Civil Veterinary Dept. Assam report 1927-50 - 1927-1950
Year: 1927
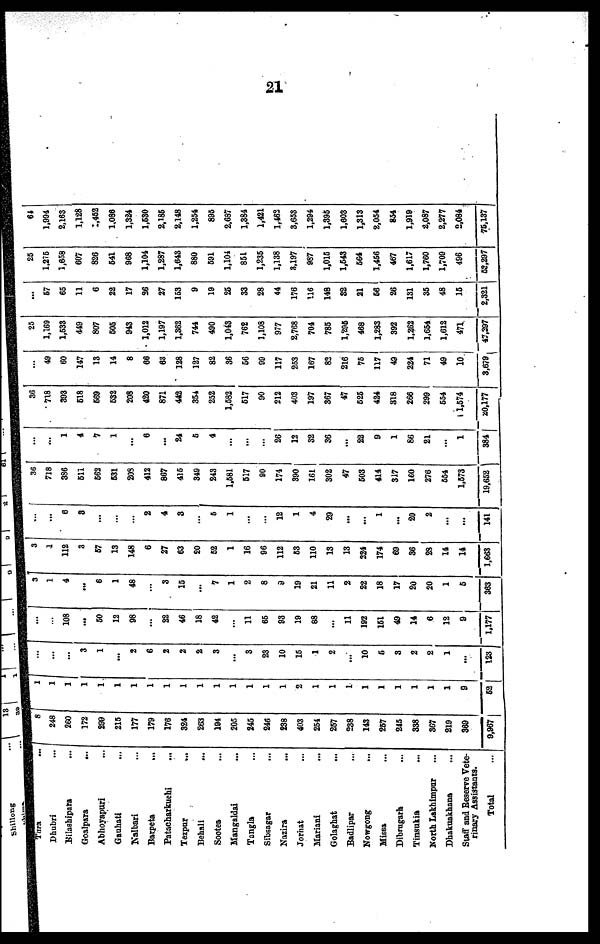
21
Tura ...
Dhubri ...
Bilashipara ...
Goalpara
...
Abhoyapuri ...
Gauhati ...
Nalbari ...
Barpeta
...
Patacharkuchi ...
Tezpur
...
Behali ...
Sootea ...
Mangaldai ...
Tangla ...
Sibsagar ...
Nazira ...
Jorhat ...
Mariani
...
Golaghat ...
Badlipar ...
Nowgong ...
Missa ...
Dibrugarh ...
Tinsukia ...
North Lakhimpur ...
Dhakuakhana ...
Staff and Reserve Vete-
rinary Assistants.
Total ...
8
248
260
172
299
215
177
179
176
324
263
194
205
245
246
238
403
254
257
238
143
257
245
338
367
219
369
9,967
1
1
1
1
1
1
1
1
1
1
1
1
1
1
1
1
2
1
1
1
1
1
1
1
1
1
9
52
...
...
...
3
1
...
2
6
2
2
2
3
...
3
23
10
15
1
2
...
10
5
3
2
2
1
...
123
...
...
108
...
50
12
98
...
22
46
18
42
...
11
65
93
19
88
...
11
192
151
49
14
6
12
9
1,177
3
1
4
...
6
1
48
3
15
...
7
1
2
8
9
19
21
11
2
22
18
17
20
20
1
5
363
3
1
112
3
57
13
148
6
27
63
20
52
1
16
96
112
53
110
13
13
224
174
69
36
28
14
14
1,663
...
...
6
3
...
...
...
2
4
3
...
5
1
...
...
12
1
4
29
...
...
1
...
20
2
...
...
141
36
718
386
511
562
531
203
412
867
415
349
243
1,581
517
90
174
390
161
302
47
503
414
317
160
276
554
1,573
19,652
...
...
1
4
7
1
...
6
...
24
5
4
...
...
...
26
12
32
36
...
22
9
1
86
21
...
1
384
36
718
393
618
569
532
208
420
871
442
354
252
1,582
517
90
212
403
197
367
47
525
424
318
266
299
554
11,574
20,177
...
49
60
147
13
14
8
66
63
128
127
82
36
56
99
117
253
167
82
216
75
117
49
224
71
49
10
3,679
25
1,169
1,533
449
807
505.
943
1,012
1,197
1,362
744
490
1,043
762
1,108
977
2,768
704
785
1,295
468
1,283
392
1,262
1,654
1,612
471
47,297
...
57
65
11
6
22
17
26
27
153
9
19
26
33
28
44
176
116
148
32
21
56
26
131
35
48
15
2,321
25
1,275
1,658
607
826
541
968
1,104
1,287
1,643
880
591
1,104
851
1,235
1,138
3,197
987
1,015
1,543
564
1,456
467
1,617
1,760
1,709
496
58,297
64
1,994
2,163
1,128
1,452
1,086
1,324
1,530
2,185
2,148
1,254
895
2.687
1,384
1,421
1,462
3,653
1,294
1,395
1,603
1,313
2,054
854
1,919
2,087
2,277
2,084
75,137